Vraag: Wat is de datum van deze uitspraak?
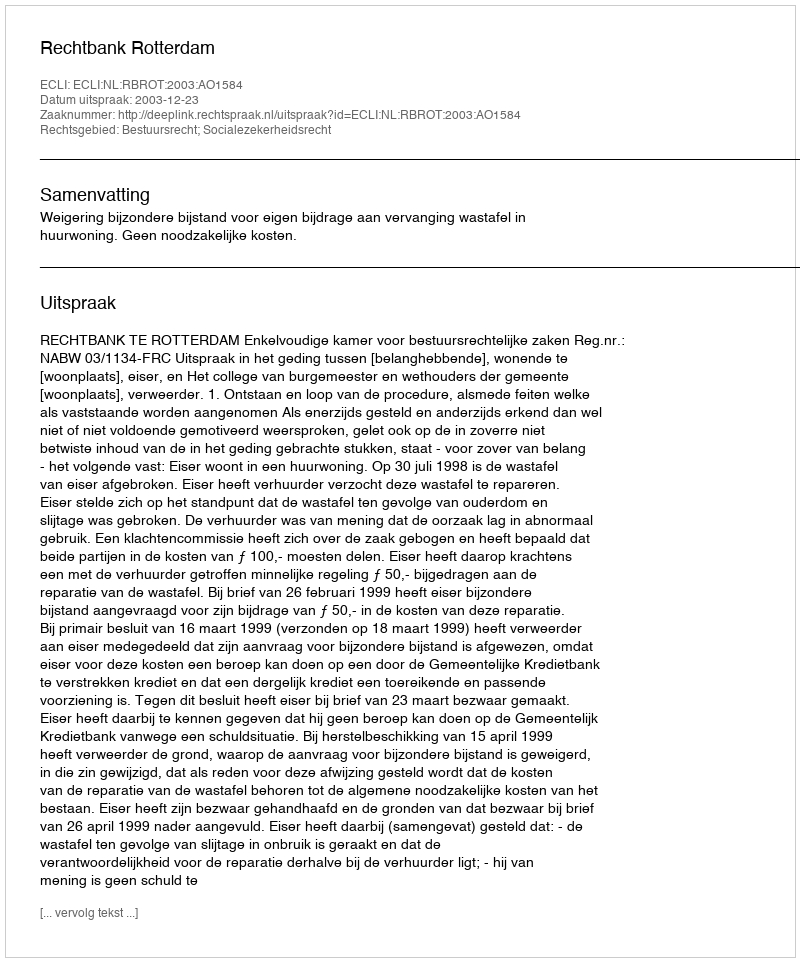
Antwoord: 2003-12-23